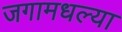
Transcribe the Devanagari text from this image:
जगामधल्या